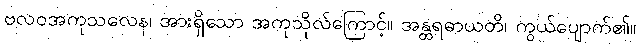
ဗလဝအကုသလေန၊ အားရှိသော အကုသိုလ်ကြောင့်။ အန္တရဓာယတိ၊ ကွယ်ပျောက်၏။